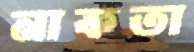
নাকতা